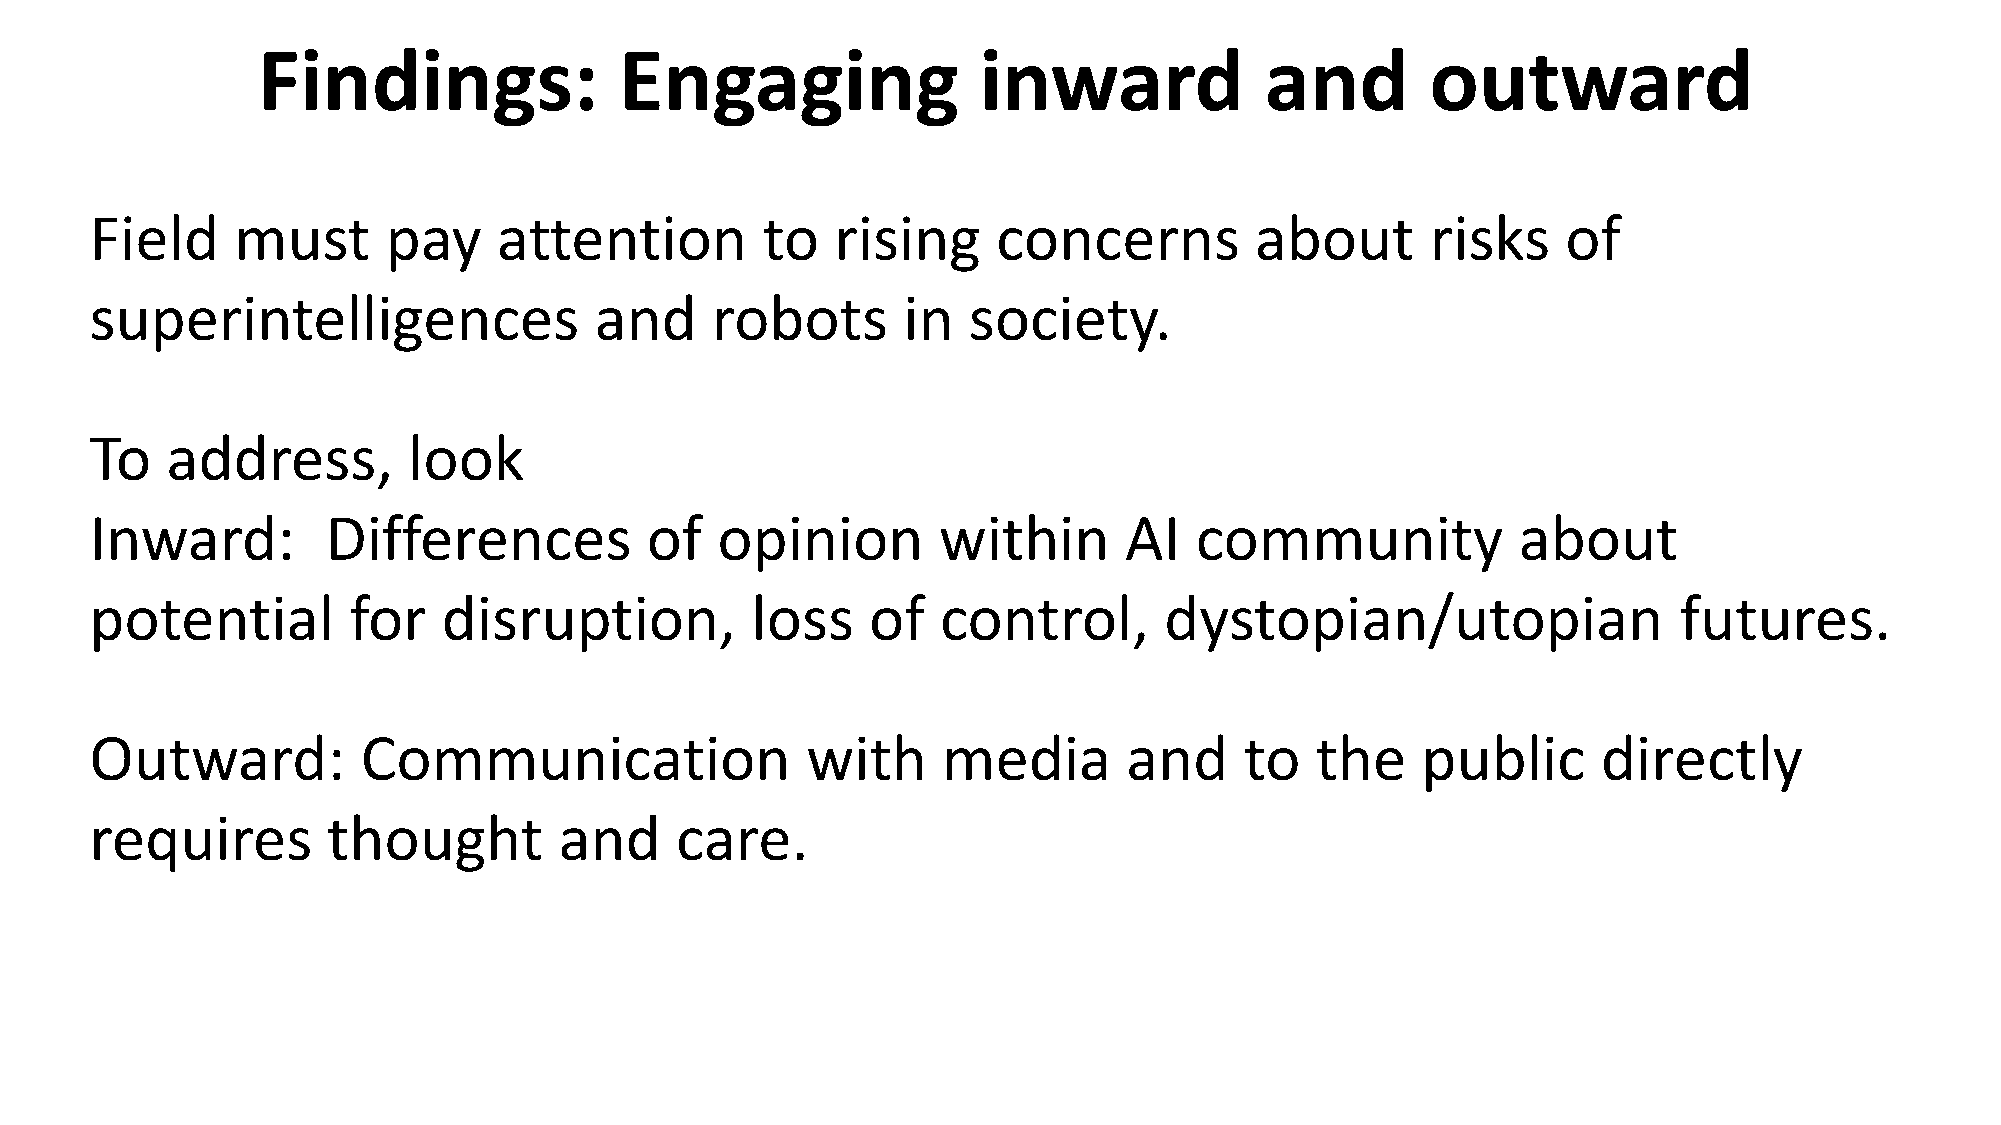
Findings:               Engaging                inward             and        outward
 Field    must       pay    attention        to   rising     concerns         about       risks    of
 superintelligences               and     robots       in  society.
 To   address,        look
 Inward:         Differences          of  opinion        within      AI   community            about
 potential        for   disruption,          loss    of  control,       dystopian/utopian                 futures.
 Outward:          Communication                with     media        and    to   the    public      directly
 requires        thought        and     care.